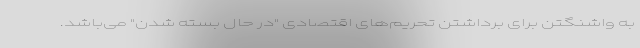
به واشنگتن برای برداشتن تحریم‌های اقتصادی "در حال بسته شدن" می‌باشد.